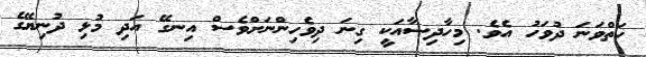
ހަތްވަނަ ދުވަހު އެވެ. މިހާދިސާއަކީ ގިނަ ދިވެހިންނަށްވެސް އިނގޭ އަދި މުޅި ދުނިޔޭގެ